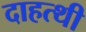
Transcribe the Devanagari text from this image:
दाहत्थी